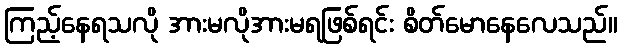
ကြည့်နေရသလို အားမလိုအားမရဖြစ်ရင်း စိတ်မောနေလေသည်။